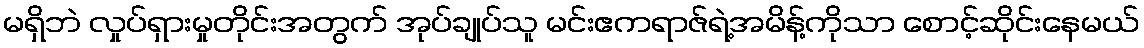
မရှိဘဲ လှုပ်ရှားမှုတိုင်းအတွက် အုပ်ချုပ်သူ မင်းဧကရာဇ်ရဲ့အမိန့်ကိုသာ စောင့်ဆိုင်းနေမယ်